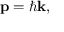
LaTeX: \mathbf { p } = \hbar \mathbf { k } ,